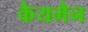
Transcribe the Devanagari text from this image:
कैयमैन